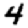
Digit: 4